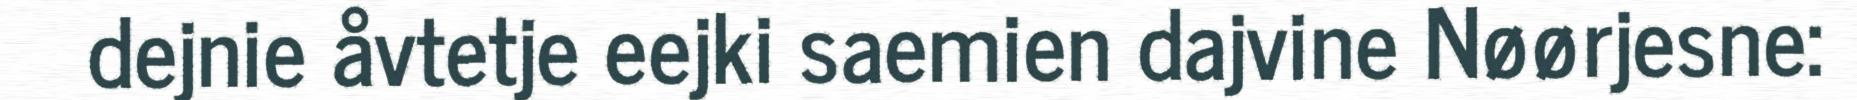
dejnie åvtetje eejki saemien dajvine Nøørjesne: